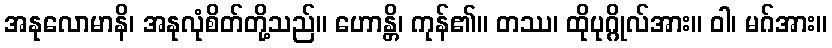
အနုလောမာနိ၊ အနုလုံစိတ်တို့သည်။ ဟောန္တိ၊ ကုန်၏။ တဿ၊ ထိုပုဂ္ဂိုလ်အား။ ဝါ၊ မဂ်အား။